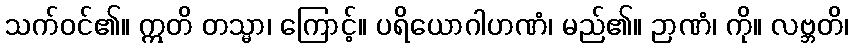
သက်ဝင်၏။ ဣတိ တသ္မာ၊ ကြောင့်။ ပရိယောဂါဟဏံ၊ မည်၏။ ဉာဏံ၊ ကို။ လဗ္ဘတိ၊